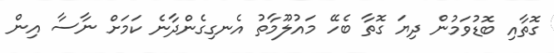
ގޮތާއި ބޮޑުވަމުން ދިޔަ ގޮތާ ބެހޭ މައުލޫމާތު އެނގިގެންދާނެ ކަމަށް ނާސާ އިން